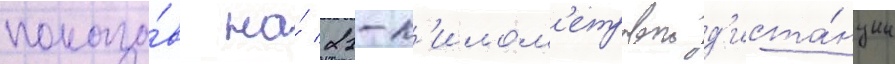
показа́в на́ 21-к'илом'етровои д'иста́нции